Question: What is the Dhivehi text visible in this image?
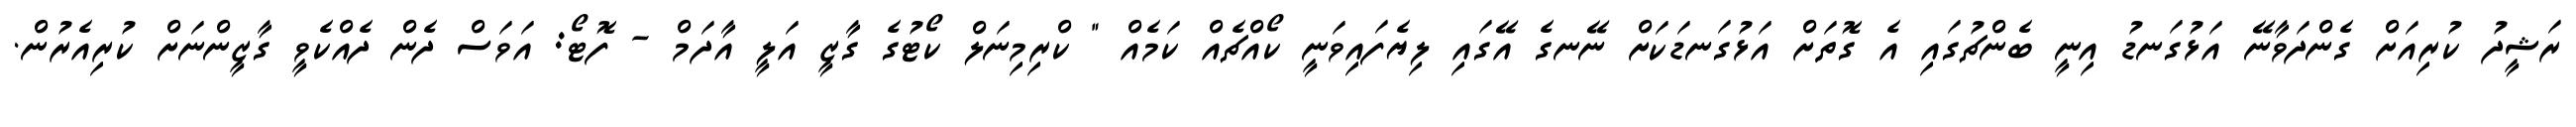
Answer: ރަޝީދު ކުރިއަށް ގެންދަވާނޭ އަޅުގަނޑު އިނީ ބެންޗުގައި އެ ގޮތަށް އަޅުގަނޑަކަށް ނޭނގެ އޭގައި ލިޔެފައިވަނީ ކޯއްޗެއް ކަމެއް " ކްރިމިނަލް ކޯޓުގެ ގާޒީ އަލީ އާދަމް - ފޮޓޯ: އަވަސް ދެން ދެއްކެވީ ގާޒީންނަށް ކުރިއެރުން.